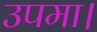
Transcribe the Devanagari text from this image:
उपमा।